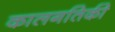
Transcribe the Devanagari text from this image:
कालगतिकी